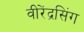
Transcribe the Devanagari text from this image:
वीरेंद्रसिंग